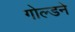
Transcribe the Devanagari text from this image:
गोल्डने